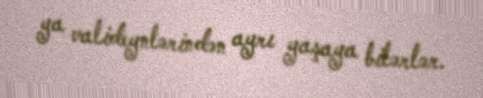
ya valideynlərindən ayrı yaşaya bilərlər.